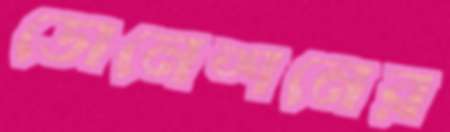
ডোনেশনের